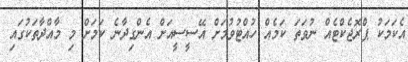
އެކަމަކު ޕްރޮޖެކްޓެއް ނުވަތަ ކަމެއް ހުއްޓުވުމަށް އޭސީސީއަށް އެންގިދާނެ ކަމަށް މި މާއްދާތަކުގައި